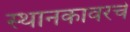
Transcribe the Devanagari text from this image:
स्थानकावरचे